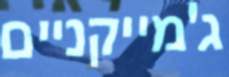
ג'מייקניים